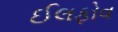
ઈલફોવ